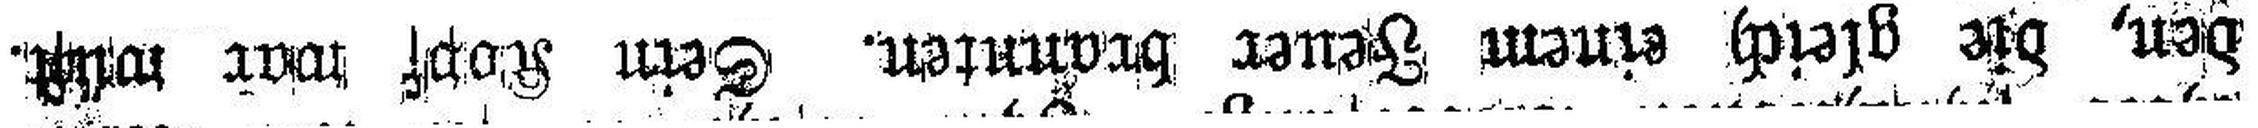
den, die gleich einem Feuer brannten. Sein Kopf war wüst.